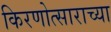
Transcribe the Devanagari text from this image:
किरणोत्साराच्या